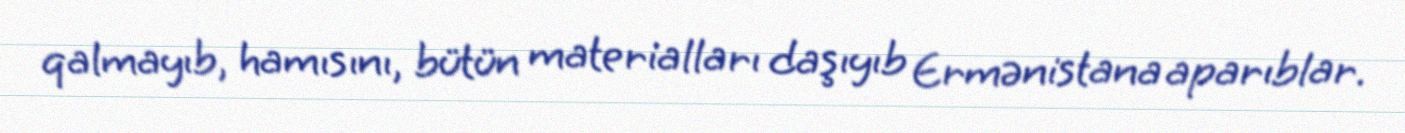
qalmayıb, hamısını, bütün materialları daşıyıb Ermənistana aparıblar.